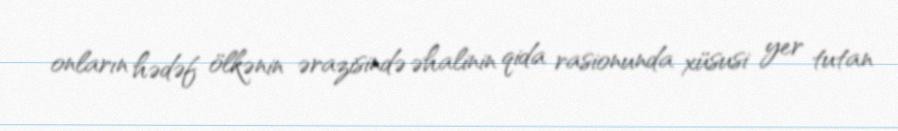
onların hədəf ölkənin ərazisində əhalinin qida rasionunda xüsusi yer tutan